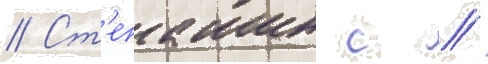
// Ст'епашин с //